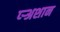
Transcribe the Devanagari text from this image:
प्र्‍अशान